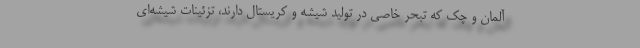
آلمان و چک که تبحر خاصی در تولید شیشه و کریستال دارند، تزئینات شیشه‌ای